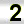
Digit: 2